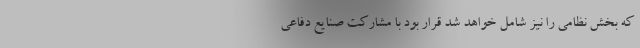
که بخش نظامی را نیز شامل خواهد شد قرار بود با مشارکت صنایع دفاعی